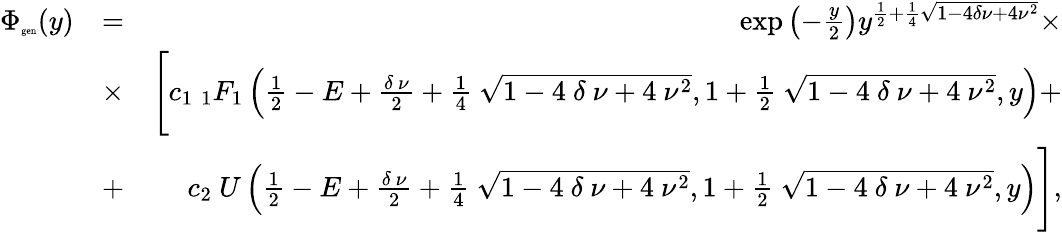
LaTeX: \begin{array}{rlr}{\Phi_{\tiny{\mathrm{gen}}}(y)}&{=}&{\exp\left(-\frac{y}{2}\right)y^{\frac{1}{2}+\frac{1}{4}\sqrt{1-4\delta\nu+4\nu^{2}}}\times}\\ &{\times}&{\Bigg[c_{1}~_{1}F_{1}\left(\frac{1}{2}-E+\frac{\delta~\nu}{2}+\frac{1}{4}~\sqrt{1-4~\delta~\nu+4~\nu^{2}},1+\frac{1}{2}~\sqrt{1-4~\delta~\nu+4~\nu^{2}},y\right)+}\\ &{+}&{c_{2}~U\left(\frac{1}{2}-E+\frac{\delta~\nu}{2}+\frac{1}{4}~\sqrt{1-4~\delta~\nu+4~\nu^{2}},1+\frac{1}{2}~\sqrt{1-4~\delta~\nu+4~\nu^{2}},y\right)\Bigg],}\end{array}